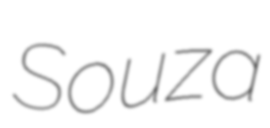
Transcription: Souza